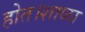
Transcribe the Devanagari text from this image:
होत।शाळा